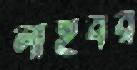
লাইবর